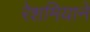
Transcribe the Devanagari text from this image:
रेशमियाने